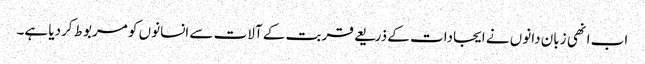
اب انھی زبان دانوں نے ایجادات کے ذریعے قربت کے آلات سے انسانوں کو مربوط کردیا ہے۔